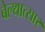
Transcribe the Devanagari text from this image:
बेल्थात्सार